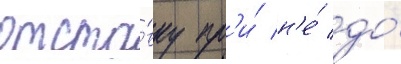
отста́вку пр'и́ н'е́ до́